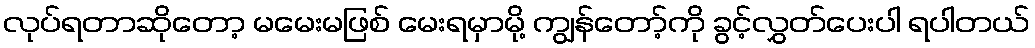
လုပ်ရတာဆိုတော့ မမေးမဖြစ် မေးရမှာမို့ ကျွန်တော့်ကို ခွင့်လွှတ်ပေးပါ ရပါတယ်